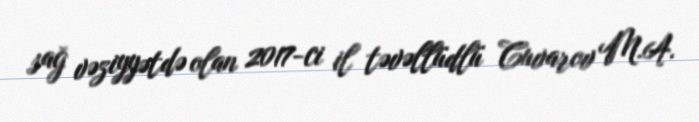
sağ vəziyyətdə olan 2017-ci il təvəllüdlü Cuvarov M.A.